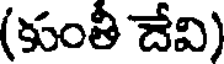
(కుంతీ దేవి)